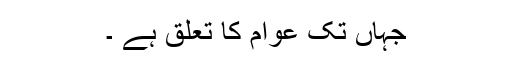
جہاں تک عوام کا تعلق ہے ۔